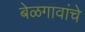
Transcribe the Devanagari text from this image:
बेळगावांचे